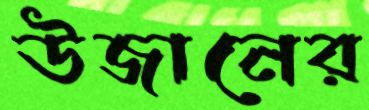
উজানের